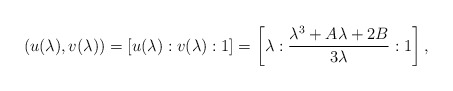
\begin{align*}(u(\lambda), v(\lambda)) = [u(\lambda) : v(\lambda) : 1] = \left[\lambda : \frac{\lambda^3 + A\lambda + 2B}{3\lambda} : 1\right],\end{align*}